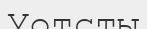
Уотсты